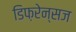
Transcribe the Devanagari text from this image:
डिफ़रेन्सज